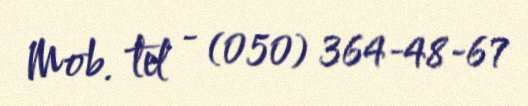
Mob. tel - (050) 364-48-67